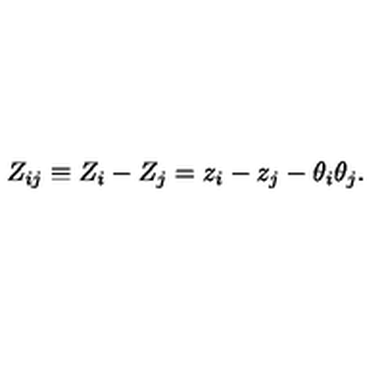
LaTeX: Z _ { i j } \equiv Z _ { i } - Z _ { j } = z _ { i } - z _ { j } - \theta _ { i } \theta _ { j } .